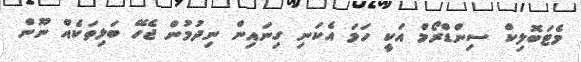
މެޓަބޮލިކް ސިންޑްރޯމް އަކީ ހަމަ އެކަނި ގިނައިން ނިދުމުން ޖެހޭ ބަލިތަކެއް ނޫން